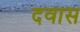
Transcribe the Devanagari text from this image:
दवास